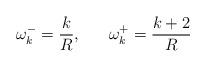
LaTeX: \begin{align*}\omega_k^-=\frac{k}{R},~~~~~\omega_k^+=\frac{k+2}{R}\end{align*}